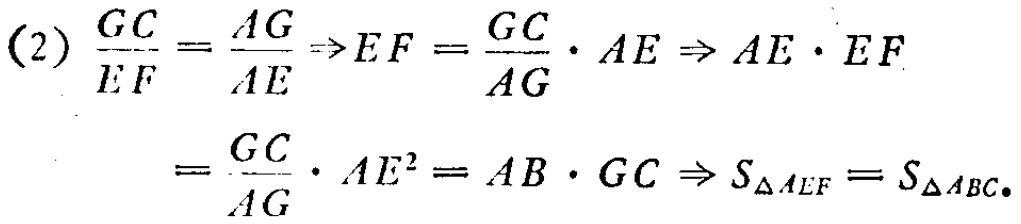
(2) \(\frac{GC}{EF}=\frac{AG}{AE}\Rightarrow EF = \frac{GC}{AG}\cdot AE\Rightarrow AE\cdot EF\)
\(=\frac{GC}{AG}\cdot AE^{2}=AB\cdot GC\Rightarrow S_{\triangle AEF}=S_{\triangle ABC}\)